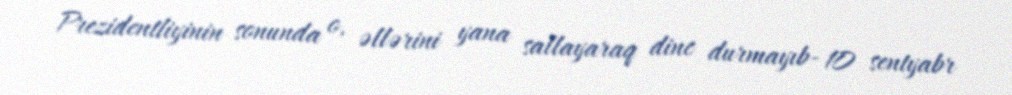
Prezidentliyinin sonunda o, əllərini yana sallayaraq dinc durmayıb- 10 sentyabr